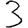
Digit: 3